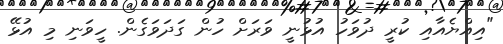
"އިއްޔެއާއި ކުރީ ދުވަހު އުޅުނީ ވަރަށް ހުން ގަދަވަގެން. ހީވަނި މި އުޅޭ